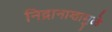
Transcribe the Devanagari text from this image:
निद्रानाशामुळे